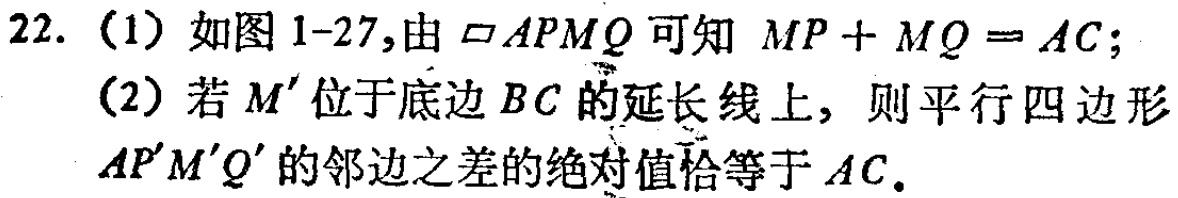
22. (1) 如图1-27,由$\square APMQ$可知 $MP + MQ = AC$;

(2) 若$M'$位于底边$BC$的延长线上, 则平行四边形$AP'M'Q'$的邻边之差的绝对值恰等于$AC$.